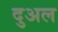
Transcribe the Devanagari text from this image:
दुअल